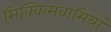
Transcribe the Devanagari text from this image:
सिक्किमवासियों